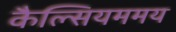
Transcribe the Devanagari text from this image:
कैल्सियममय